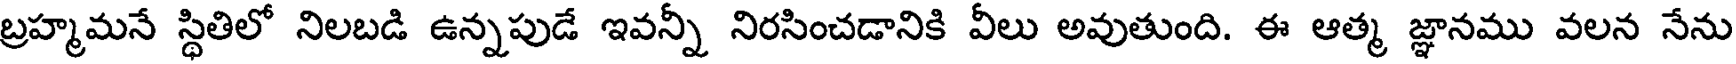
బ్రహ్మమనే స్థితిలో నిలబడి ఉన్నపుడే ఇవన్నీ నిరసించడానికి వీలు అవుతుంది. ఈ ఆత్మ జ్ఞానము వలన నేను